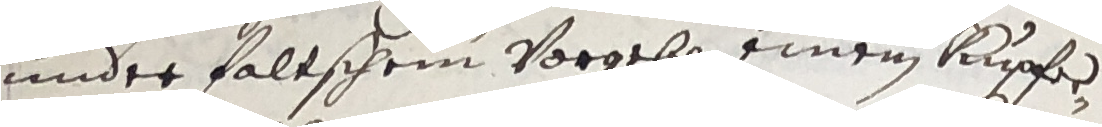
under faltschem vorgebe einem kupfer